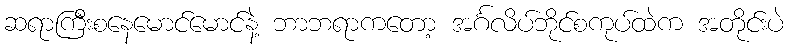
ဆရာကြီးစနေမောင်မောင်နဲ့ ဘာဘရာကတော့ အင်္ဂလိပ်ဘိုင်စကုပ်ထဲက အတိုင်းပဲ